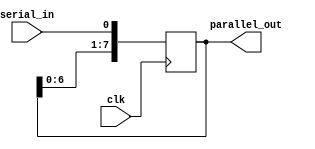
module sipo_reg (
    input clk,
    input serial_in,
    output reg [7:0] parallel_out
);
  
reg [7:0] data_reg; // 8-bit data register
  
always @(posedge clk) begin
    data_reg <= {data_reg[6:0], serial_in}; // Shift in serial data
end
  
assign parallel_out = data_reg; // Output parallel data
  
endmodule